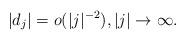
LaTeX: \begin{align*}|d_j|=o(|j|^{-2}), |j|\to\infty.\end{align*}